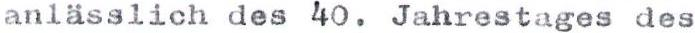
anlässlich des 40. Jahrestages des